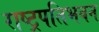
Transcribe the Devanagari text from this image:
राष्ट्रपतिभवन